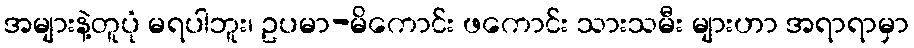
အများနဲ့တူပုံ မရပါဘူး၊ ဥပမာ-မိကောင်း ဖကောင်း သားသမီး များဟာ အရာရာမှာ